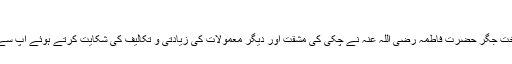
رعایت اللہ فاروقی
ایک دفعہ آپؐ کی لختِ جگر حضرت فاطمہ رضی اللہ عنہ نے چکی کی مشقت اور دیگر معمولات کی زیادتی و تکالیف کی شکایت کرتے ہوئے آپؐ سے خادم طلب فرمایا۔